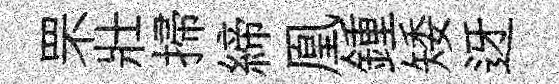
罘壯掃締凰鍾矮迓